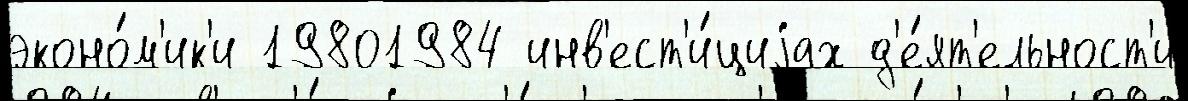
эконо́м'ик'и 19801984 инв'ест'и́циjах д'е́ят'ельност'и